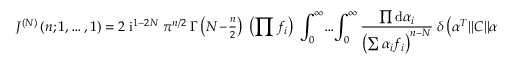
J ^ { ( N ) } \left( n ; 1 , \ldots , 1 \right) = 2 \; \mathrm { i } ^ { 1 - 2 N } \; \pi ^ { n / 2 } \; \Gamma \left( N \! - \! { \textstyle { \frac { n } { 2 } } } \right) \; \left( \prod f _ { i } \right) \; \int _ { 0 } ^ { \infty } \! \ldots \! \int _ { 0 } ^ { \infty } \frac { \prod \mathrm { d } \alpha _ { i } } { \left( \sum \alpha _ { i } f _ { i } \right) ^ { n - N } } \; \delta \left( \alpha ^ { T } \| C \| \alpha - 1 \right) .